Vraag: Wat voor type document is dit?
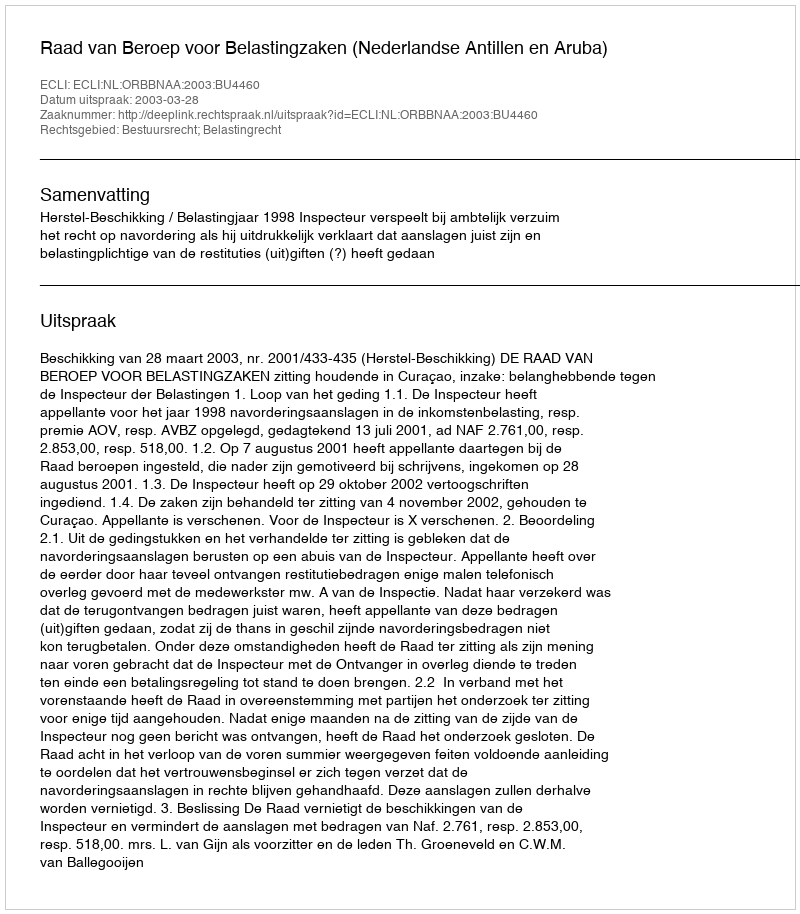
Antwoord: Uitspraak